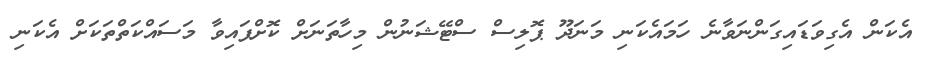
އެކަން އެގިވަޑައިގަންނަވާނެ ހަމައެކަނި މަނަދޫ ޕޮލިސް ސްޓޭޝަނުން މިހާތަނަށް ކޮށްފައިވާ މަސައްކަތްތަކަށް އެކަނި